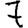
Digit: 7